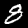
Digit: 8